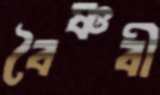
বৈষ্ণবী